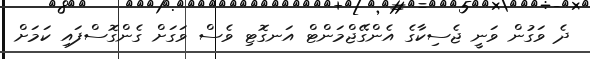
ދެ ވަގުން ވަނީ ޖެސިކާގެ އެންގޭޖްމަންޓް އަނގޮޓި ވެސް ވަގަށް ގެންގޮސްފައި ކަމަށް